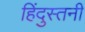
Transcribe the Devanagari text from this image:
हिंदुस्तनी